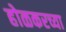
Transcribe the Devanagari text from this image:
होळकरच्या